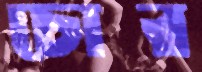
চোর